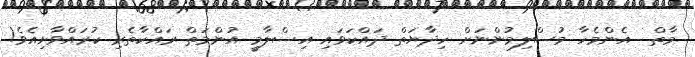
މާތް  އެންމެހާ މުސްލިމުންނަށް ހިދާޔަތް ދައްކަވައި އިސްލާމީ އުންމަތް ރައްކާތެރި ކުރައްވާށިއެވެ!